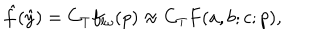
\hat { f } ( \hat { y } ) = C _ { T } f _ { l \omega } ( p ) \approx C _ { T } F ( a , b ; c ; p ) ,